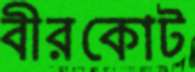
বীরকোট